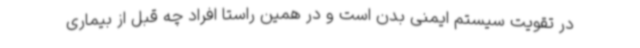
در تقویت سیستم ایمنی بدن است و در همین راستا افراد چه قبل از بیماری